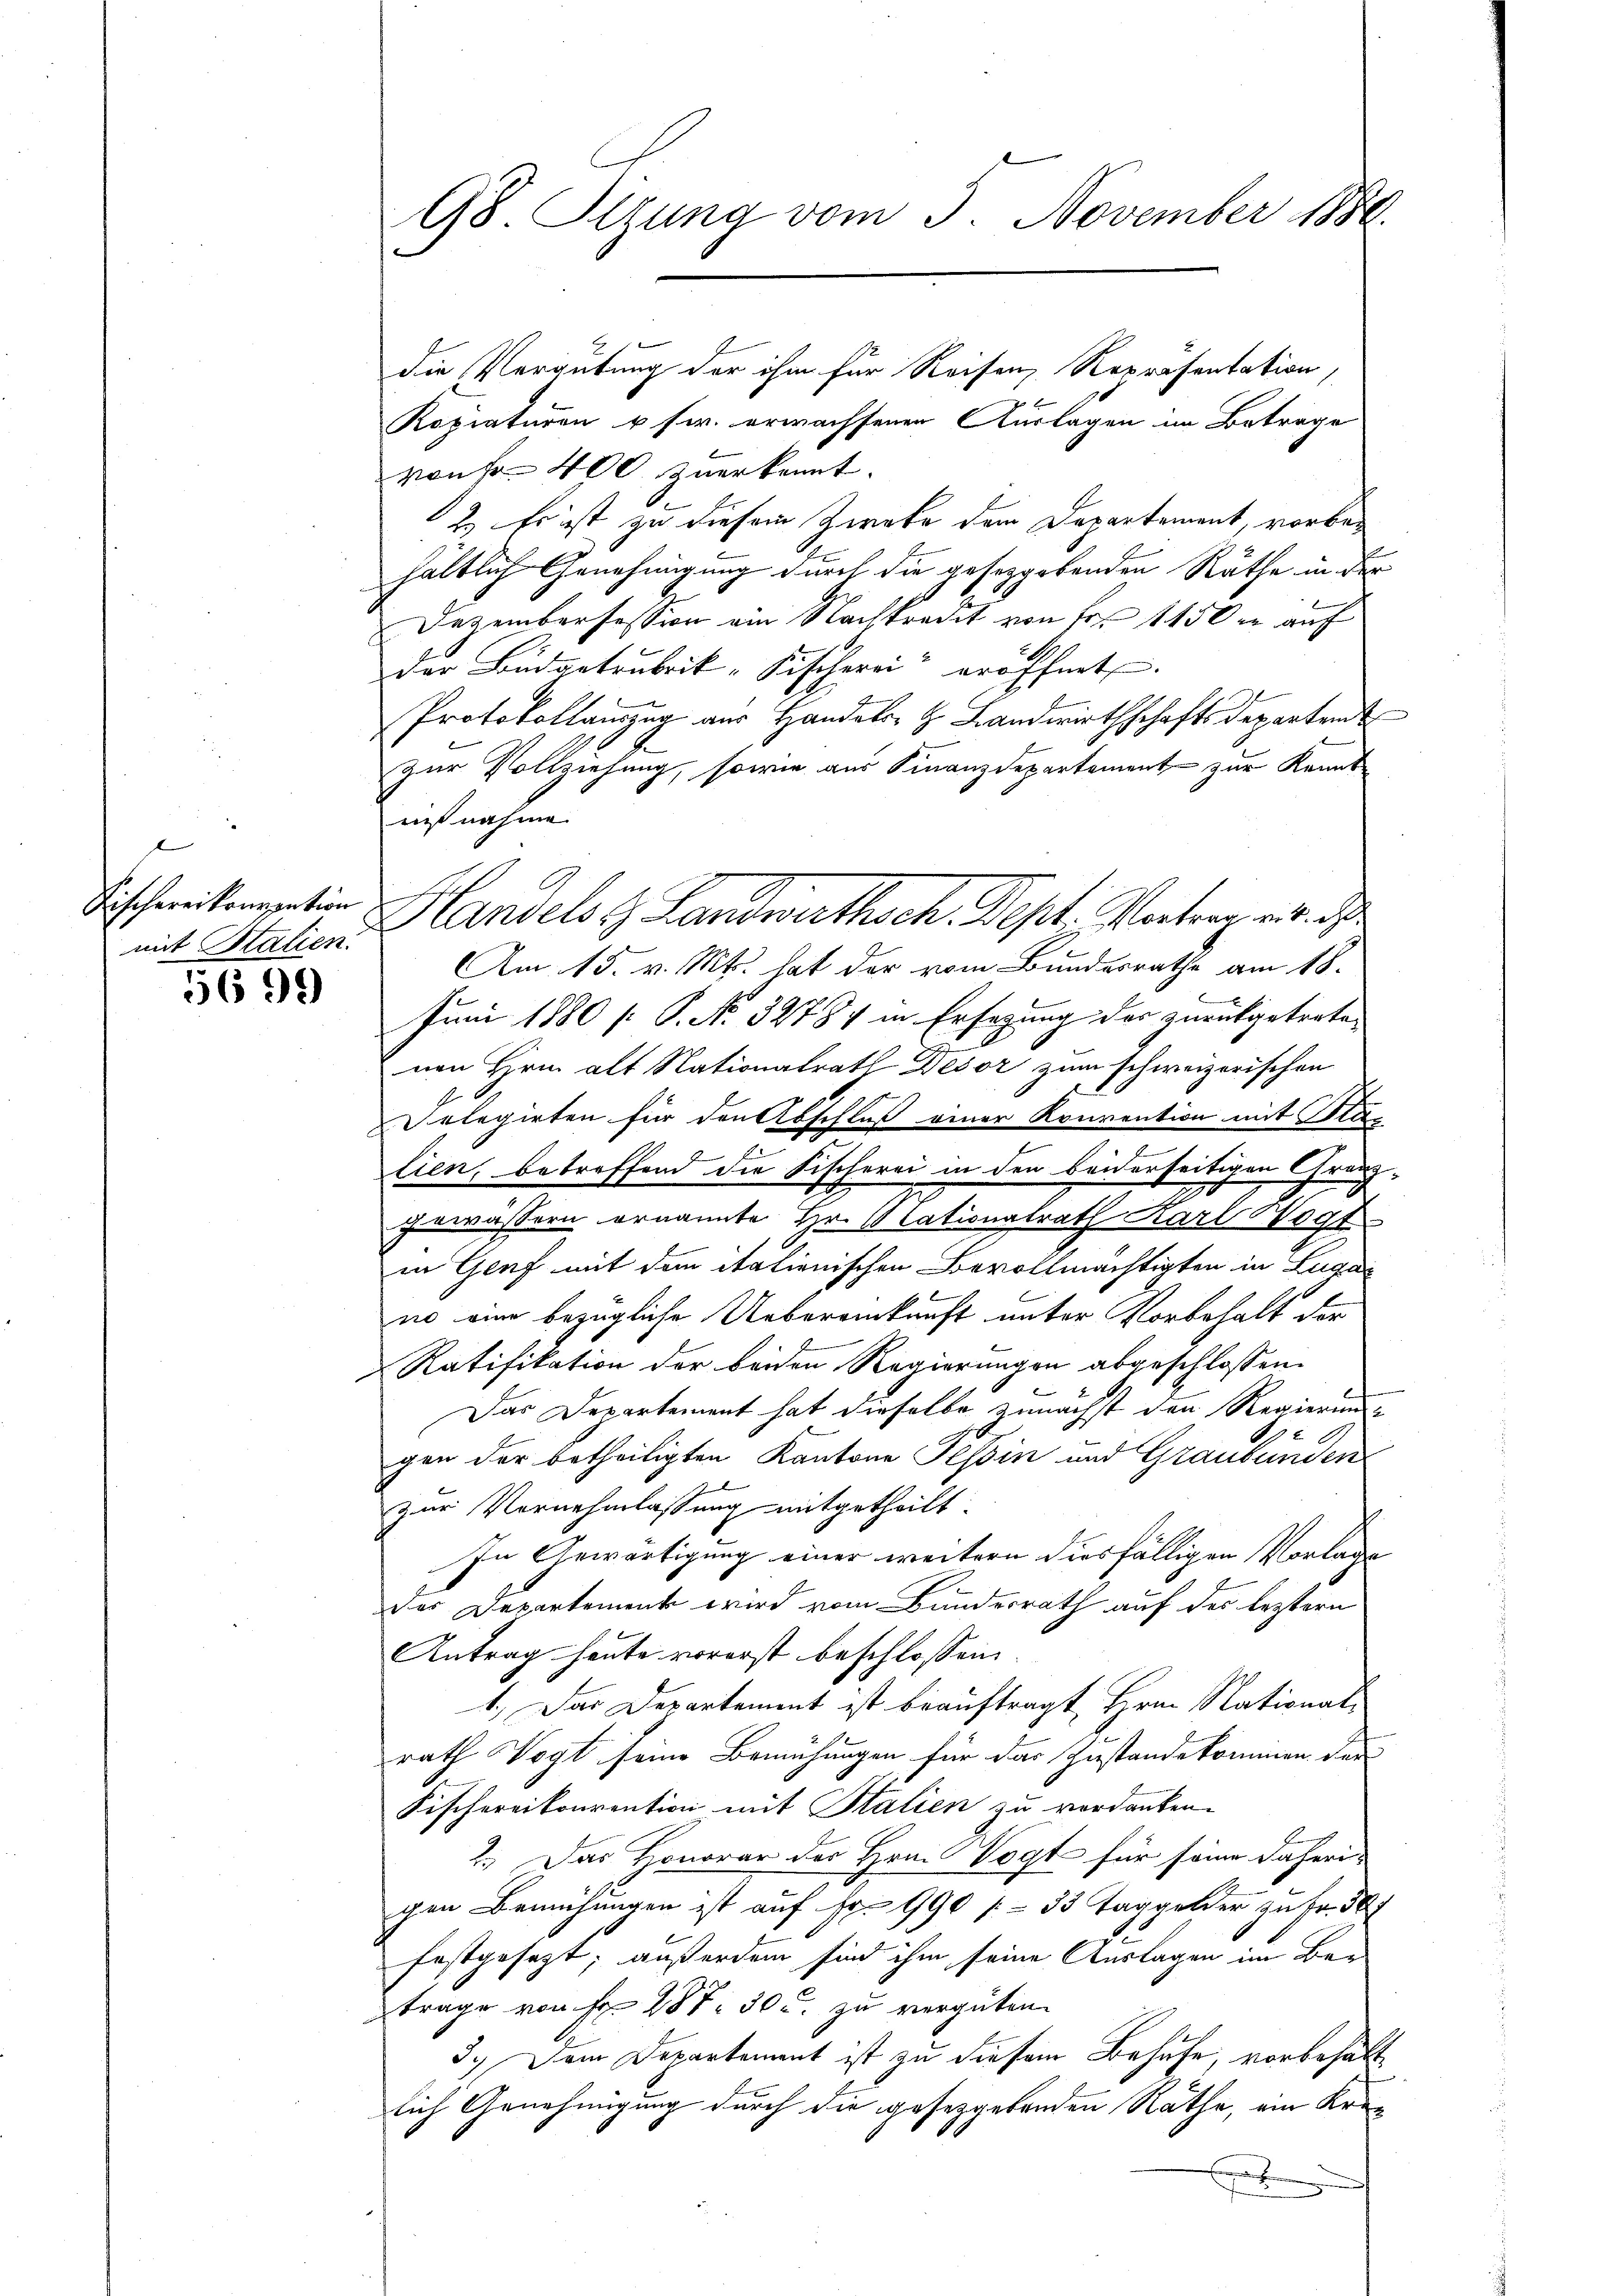
e
mit Salien.

5699)

98. Stung vom 3. November 1889.

die Vergütung der ihm für Reisen, Repräsentation,
Ropiaturen u s. erwachsenen Auslagen im Betrage
von Fr. 400 zuerkannt.
2.) Es ist zu diesem Zweke dem Departement, vorbehältlich Genehmigung durch die gesetzgebenden Räthe in der
Dezembersession ein Nachkredit von Fr. 1150 er auf
der Budgetrubrik- Fischerei eröffnet.
Protokollauszug aus Handeler H. Landwirthschaftsdepartend
zur Vollziehung, sowie aus Finanzdepartement zur Kennt
nißnahme.
Fischeiternation Handelst Landwirthsch. Dept: Vortrag mit d
Am 15. v. Mts. hat der vom Bundesrathe am 18.
Juni 1880 [ P. No. 32784 in Ersezung des zurückgetrete
nen Hrnn alt Nationalrath Desor zum schweizerischen
Selegirten für den Abschluß einer Konvention mit Klas
lien, betroffend die Fischerei in den beiderseitigen Gränz¬
.
gewässern ernannte Hr. Alationalrath Karl Vogt
in Genf mit dem italienischen Bevollmächtigten in Lugan
no eine bezügliche Uebereinkunft unter Vorbehalt der
Ratifikation der beiden Regierungen abgeschlossen.
Das Departement hat dieselbe zunächst den Regierung
E
gen der betheiligten Kantone Tessin und Graubünden
zur Vornehmlassung mitgetheilt.
In Anwärtigung einer weitern diesfälligen Vorlage
des Departemente wird vom Bundesrath auf der leztern
Antrag heute vorerst beschlossen:
1.) Das Departement ist beauftragt Hrn. Nationalrath Vogt seine Bemühungen für das Zustande kommen der
Fischereikonvention mit Stalien zu verdanken.
2.) Das Honorar der Hrn. Vogt für seine daherigen Bemühungen ist auf Fr. 990 - 33 Taggelder zu Fr. 307
festgesezt; außerdem sind ihm seine Auslagen im Ber-
trage von Fr. 287. 30 u. zu vergüten.
3.) Dem Departement ist zu diesem Behufe, vorbehältlich Genehmigung durch die gesetzgebenden Räthe, ein Kre¬

s